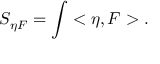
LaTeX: S _ { \eta F } = \int < \eta , F > .